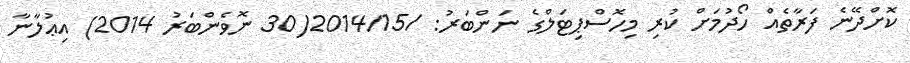
ކޮށްދޭނެ ފަރާތެއް ހޯދުމަށް ކުރި މިހޮސްޕިޓަލްގެ ނަންބަރު: /2014/15(30 ނޮވެންބަރު 2014) އިޢުލާނާ